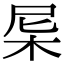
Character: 𣐉